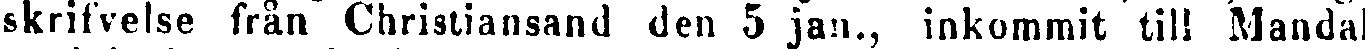
skrifvelse från Christiansand den 5 jan., inkommit till Mandal